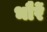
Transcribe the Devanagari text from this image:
भौरें